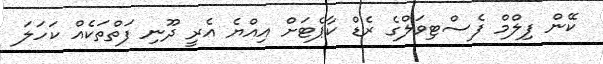
ކޭން ފިލްމް ފެސްޓިވަލްގެ ރެޑް ކާޕެޓަށް އިއްޔެ އެރީ ދޫނި ފަތްތަކެއް ކަހަލަ